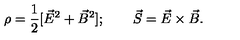
\rho = { \frac { 1 } { 2 } } [ \vec { E } ^ { 2 } + \vec { B } ^ { 2 } ] ; \qquad \vec { S } = \vec { E } \times \vec { B } .